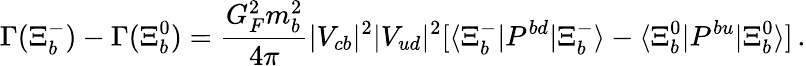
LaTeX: \Gamma(\Xi_{b}^{-})-\Gamma(\Xi_{b}^{0})=\frac{G_{F}^{2}m_{b}^{2}}{4\pi}|V_{cb}|^{2}|V_{ud}|^{2}[\langle\Xi_{b}^{-}|P^{bd}|\Xi_{b}^{-}\rangle-\langle\Xi_{b}^{0}|P^{bu}|\Xi_{b}^{0}\rangle]\, .